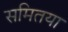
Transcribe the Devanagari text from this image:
समितया